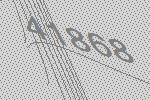
41868